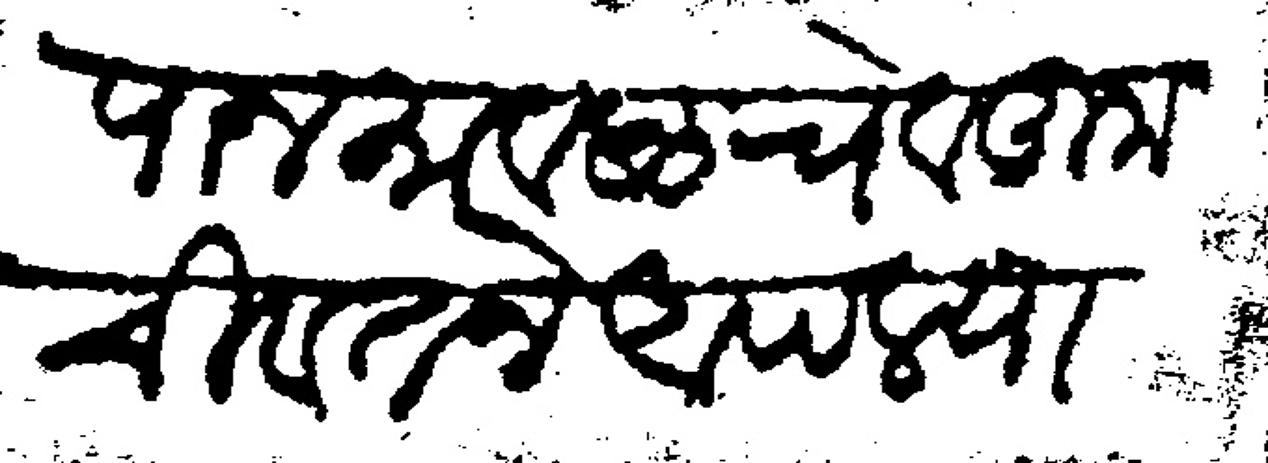
Transliteration (Devanagari): पान मावळचे व तुमची वतने आपल्या